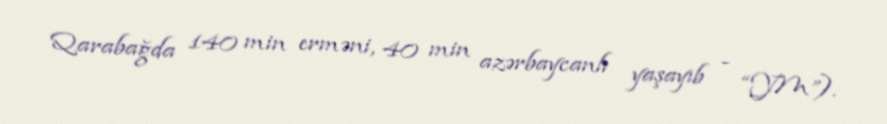
Qarabağda 140 min erməni, 40 min azərbaycanlı yaşayıb - “YM”).